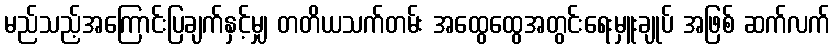
မည်သည့်အကြောင်းပြချက်နှင့်မျှ တတိယသက်တမ်း အထွေထွေအတွင်းရေးမှူးချုပ် အဖြစ် ဆက်လက်